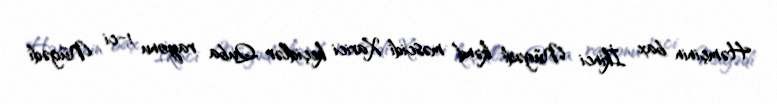
Həmçinin bax İkinci Nügədi kənd məscidi Xarici keçidlər Quba rayonu 1-ci Nügədi